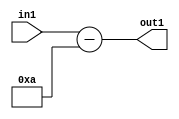
`timescale 1ps / 1ps
/*****************************************************************************
    Verilog RTL Description
    
    
    Created by: Stratus DpOpt 21.05.01 
*******************************************************************************/

module SobelFilter_Subi10s6_4 (
	in1,
	out1
	); /* architecture "behavioural" */ 
input [5:0] in1;
output [5:0] out1;
wire [5:0] asc001;

assign asc001 = 
	+(in1)
	-(6'B001010);

assign out1 = asc001;
endmodule

/* CADENCE  urjzTQk= : u9/ySxbfrwZIxEzHVQQV8Q== ** DO NOT EDIT THIS LINE ******/